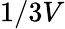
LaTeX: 1/3V